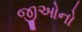
જીઓનો